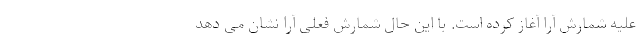
علیه شمارش آرا آغاز کرده است. با این حال شمارش فعلی آرا نشان می دهد